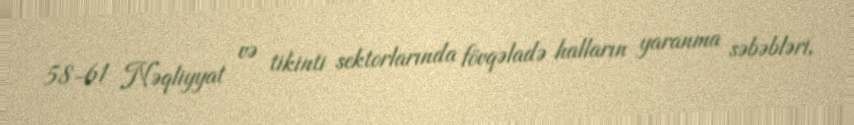
58-61 Nəqliyyat və tikinti sektorlarında fövqəladə halların yaranma səbəbləri,